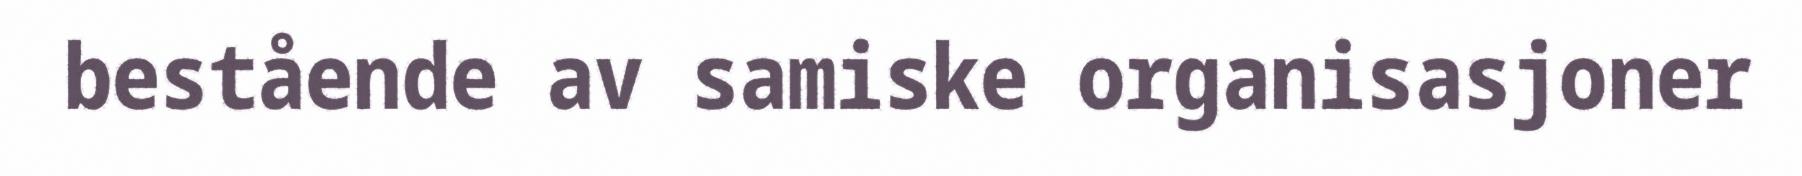
bestående av samiske organisasjoner